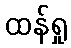
ထန်ရှု